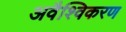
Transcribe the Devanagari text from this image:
अवैश्विकरण